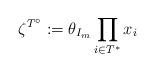
LaTeX: \begin{gather*}\zeta^{T^\circ}:=\theta_{I_m} \prod\limits_{i\in T^*} x_i\end{gather*}